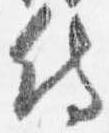
侍